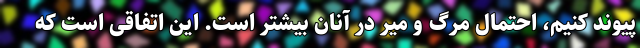
پیوند کنیم، احتمال مرگ و میر در آنان بیشتر است. این اتفاقی است که